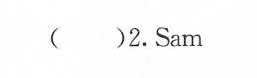
( )2.Sam